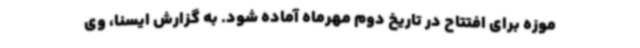
موزه برای افتتاح در تاریخ دوم مهرماه آماده شود. به گزارش ایسنا، وی